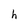
Character: h